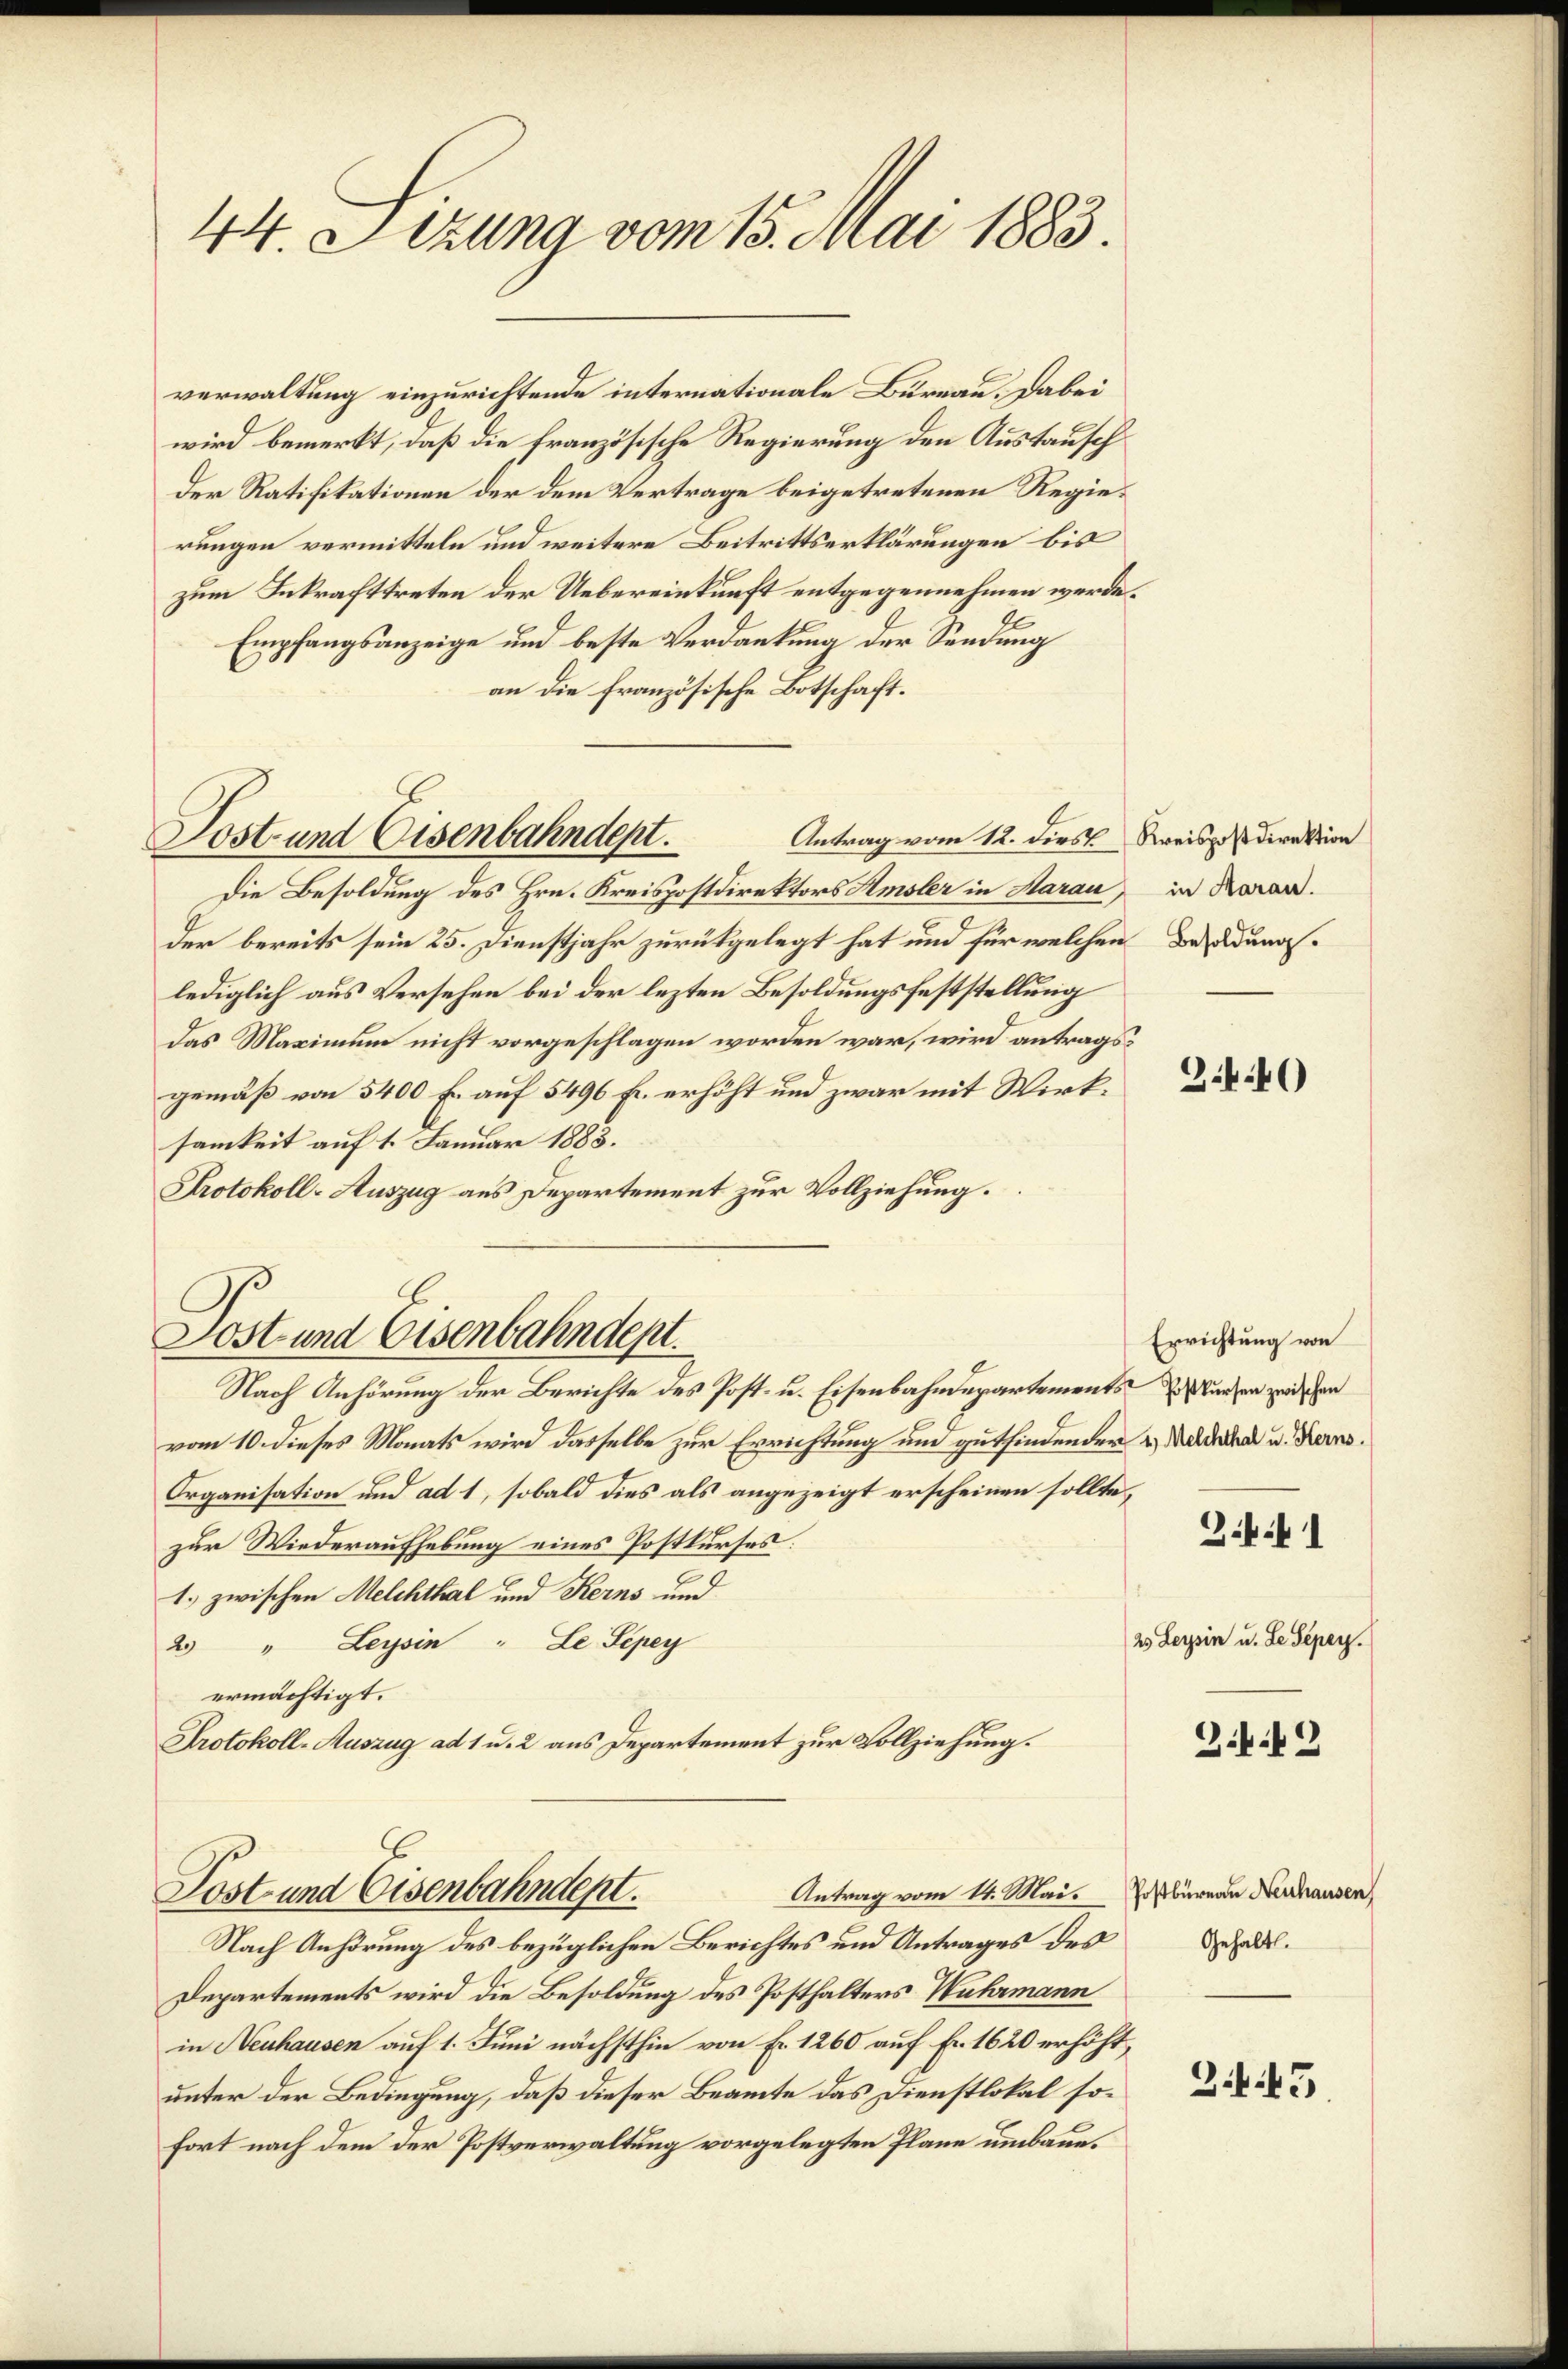
44. Sizung vom 15. Mai 1883.

verwaltung einzurichtende internationale Bureau. Dabei
wird bemerkt, daß die französische Regierung den Austausch
Der Ratifikationen der dem Vertrage beigetretenen Regierungen vermitteln und weitere Beitrittserklärungen bis
zum Inkrafttreten der Uebereinkunft entgegennehmen werde.
Empfangsanzeige und beste Verdankung der Sendung
an die Französische Botschaft.
Antrag vom 12. dies Kreispostdirektion
Die Besoldung des Hrn. Kreispostdirektors Amsler in Aarau, in Rorar.
der bereits sein 25. Dienstjahr zurükgelegt hat und für welchen des unaslediglich aus Versehen bei der lezten Besoldungsfeststellung
Das Maximum nicht vorgeschlagen worden war, wird antragsgemäß von 5400 Fr. auf 5496 fr. erhöht und zwar mit Wirksamkeit auf 1. Januar 1883.
Protokoll-Auszug aus Departement zur Vollziehung.
Jost und Eisenbahndept.
Nach Anhörung der Berichte des Post- u. Eisenbahndepartements Kurzen zwischen
vom 10. dieses Monats wird dasselbe zur Errichtung und gutfindender u. Mildeten u. Kerns.
Organisation und ad 1, sobald dies als angezeigt erscheinen sollte,
zur Wiederaufhebung eines Postkurses:
1.) zwischen Melchthal und Kerns und
2 " Leysin " Le Pepey
ermächtigt.
Protokoll-Auszug ad 1 u. 2 aus Departement zur Vollziehung.

Jost und Eisenbahndept.

Antrag vom 14. Mai. Postbüreau Neuhausen
Post und Eisenbahndept.

Nach Anhörung des bezüglichen Berichtes und Antrages des
Departements wird die Besoldung des Posthalters Wuhrmann
in Neuhausen auf 1. Juni nächsthin von Fr. 1260 auf Fr. 1620 erhöht,
unter der Bedingung, daß dieser Beamte das Dienstlokal sofort nach dem der Postverwaltung vorgelegten Pläne umbaue¬

3.40

Errichtung von

Ziff. 1

2) Leysin u. Le Peper.

Z.9

Gehalt.

345.